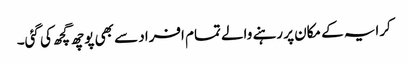
کرایہ کے مکان پر رہنے والے تمام افراد سے بھی پوچھ گچھ کی گئی۔